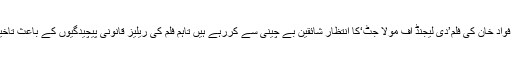
واضح رہے کہ اداکار فواد خان کی فلم’دی لیجنڈ آف مولا جٹ‘کا انتظار شائقین بے چینی سے کررہے ہیں تاہم فلم کی ریلیز قانونی پیچیدگیوں کے باعث تاخیر کا شکار ہوگئی ہے۔